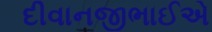
દીવાનજીભાઈએ